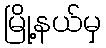
မြို့နယ်မှ